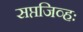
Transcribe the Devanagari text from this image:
सप्तजिव्हः